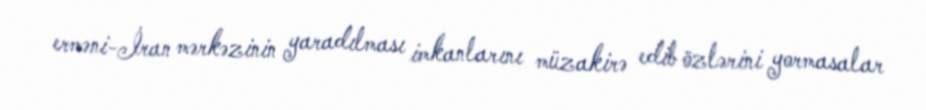
erməni-İran mərkəzinin yaradılması imkanlarını müzakirə edib özlərini yormasalar